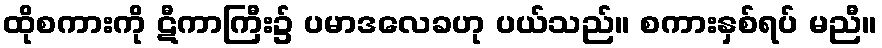
ထိုစကားကို ဋီကာကြီး၌ ပမာဒလေခဟု ပယ်သည်။ စကားနှစ်ရပ် မညီ။